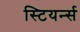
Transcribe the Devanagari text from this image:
स्टियर्न्स